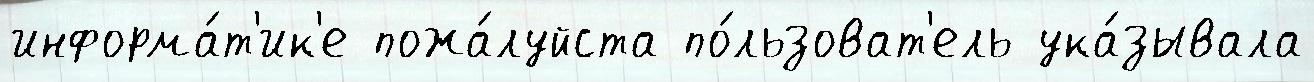
информа́т'ик'е пожа́луйста по́льзоват'ель ука́зывала